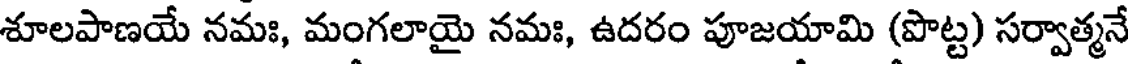
శూలపాణయే నమః, మంగలాయై నమః, ఉదరం పూజయామి (పొట్ట) సర్వాత్మనే